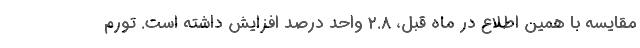
مقایسه با همین اطلاع در ماه قبل، ۲.۸ واحد درصد افزایش داشته است. تورم